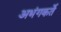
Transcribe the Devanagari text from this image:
अभंगकर्ते